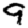
Digit: 9